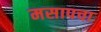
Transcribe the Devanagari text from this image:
मसापचा